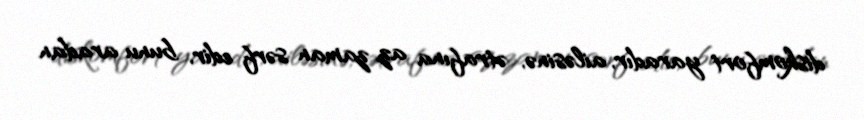
diskomfort yaradır, ailəsinə, ətrafına az zaman sərf edir, bunu aradan